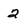
Character: 2